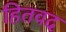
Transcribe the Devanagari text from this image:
हितवद